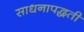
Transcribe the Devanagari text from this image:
साधनापद्धती